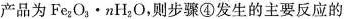
产品为Fe_{2}O_{3}·nH_{2}O，则步骤④发生的主要反应的